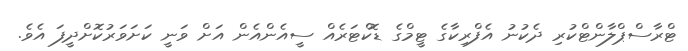
ޓްރާސްޕްލާންޓްކުރި ދެކުނު އެފްރިކާގެ ޓީމްގެ ޑޮކްޓަރެއް ސީއެންއެން އަށް ވަނީ ކަށަވަރުކޮށްދީފަ އެވެ.